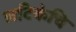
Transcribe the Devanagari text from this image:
लटिकेचि